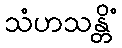
သံဟသန္တိံ